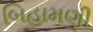
બિહામણી